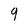
Character: q